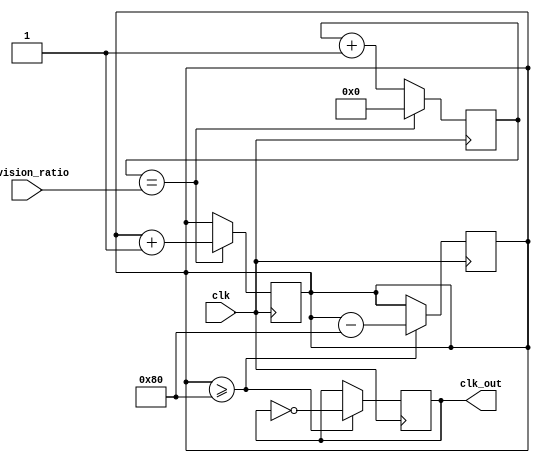
module floating_point_clock_divider(
    input wire clk,
    input wire [7:0] division_ratio,
    output reg clk_out
);

reg [15:0] counter;
reg [7:0] fractional_counter;

always @(posedge clk) begin
    counter <= counter + 1;
    if(counter == division_ratio) begin
        counter <= 0;
        fractional_counter <= fractional_counter + 1;
    end
end

always @(posedge clk) begin
    if(fractional_counter >= 128) begin
        clk_out <= ~clk_out;
        fractional_counter <= fractional_counter - 128;
    end
end

endmodule